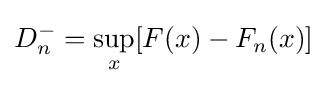
D_{n}^{-}=\sup _{x}[F(x)-F_{n}(x)]